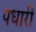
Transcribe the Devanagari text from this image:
पधारीं